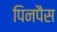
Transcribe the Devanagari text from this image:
पिनपैस